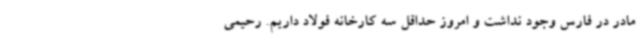
مادر در فارس وجود نداشت و امروز حداقل سه کارخانه فولاد داریم. رحیمی